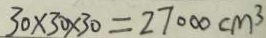
3 0 \times 3 0 \times 3 0 = 2 7 0 0 0 c m ^ { 3 }